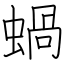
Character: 蝸